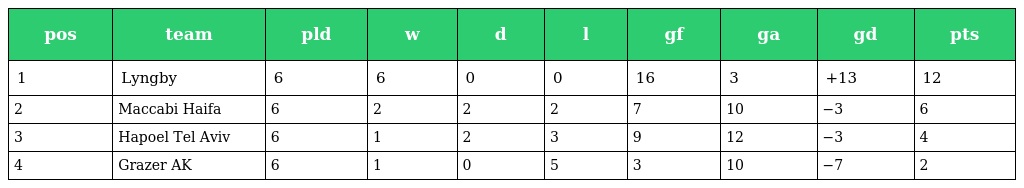
| pos | team | pld | w | d | l | gf | ga | gd | pts |
 | --- | --- | --- | --- | --- | --- | --- | --- | --- | --- |
 | 1 | Lyngby | 6 | 6 | 0 | 0 | 16 | 3 | +13 | 12 |
 | 2 | Maccabi Haifa | 6 | 2 | 2 | 2 | 7 | 10 | −3 | 6 |
 | 3 | Hapoel Tel Aviv | 6 | 1 | 2 | 3 | 9 | 12 | −3 | 4 |
 | 4 | Grazer AK | 6 | 1 | 0 | 5 | 3 | 10 | −7 | 2 |